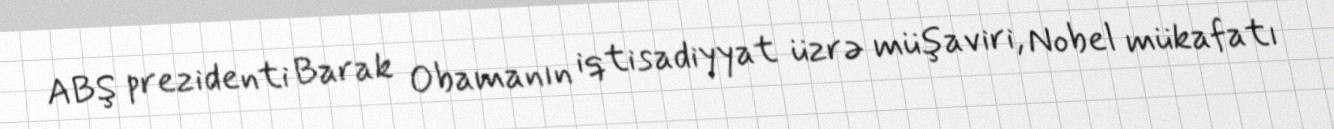
ABŞ prezidenti Barak Obamanın iqtisadiyyat üzrə müşaviri, Nobel mükafatı